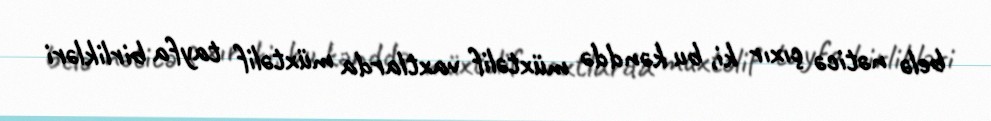
belə nəticə çıxır ki, bu kənddə müxtəlif vaxtlarda müxtəlif tayfa birlikləri